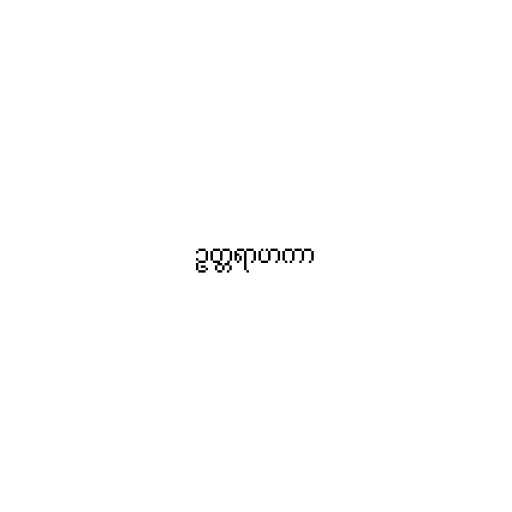
ဥတ္တရာဟကာ